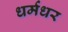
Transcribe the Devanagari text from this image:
धर्मधर